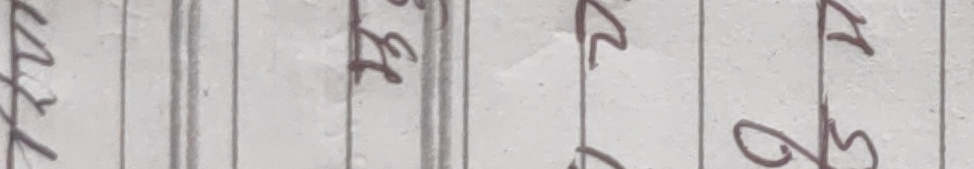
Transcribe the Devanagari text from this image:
कुकुर